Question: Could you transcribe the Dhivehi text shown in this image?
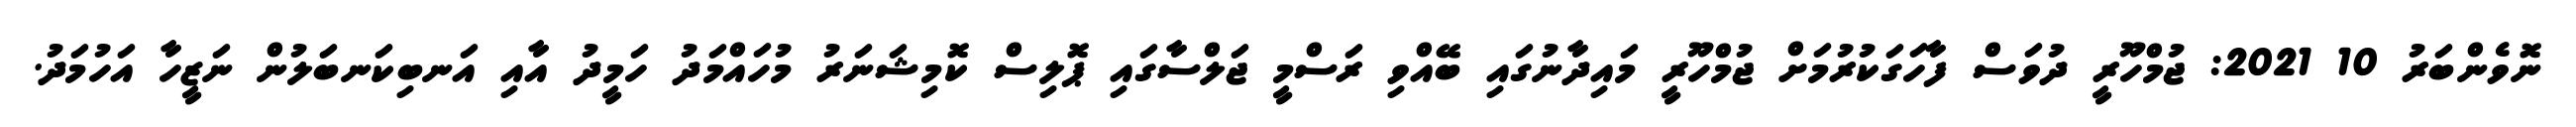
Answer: ނޮވެންބަރު 10 2021: ޖުމްހޫރީ ދުވަސް ފާހަގަކުރުމަށް ޖުމްހޫރީ މައިދާނުގައި ބޭއްވި ރަސްމީ ޖަލްސާގައި ޕޮލިސް ކޮމިޝަނަރު މުހައްމަދު ހަމީދު އާއި އަނބިކަނބަލުން ނަޒީހާ އަހުމަދު.